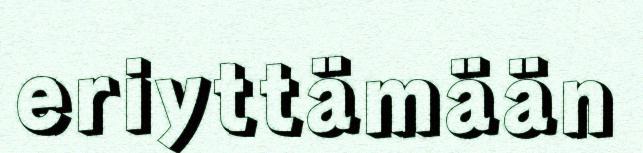
eriyttämään